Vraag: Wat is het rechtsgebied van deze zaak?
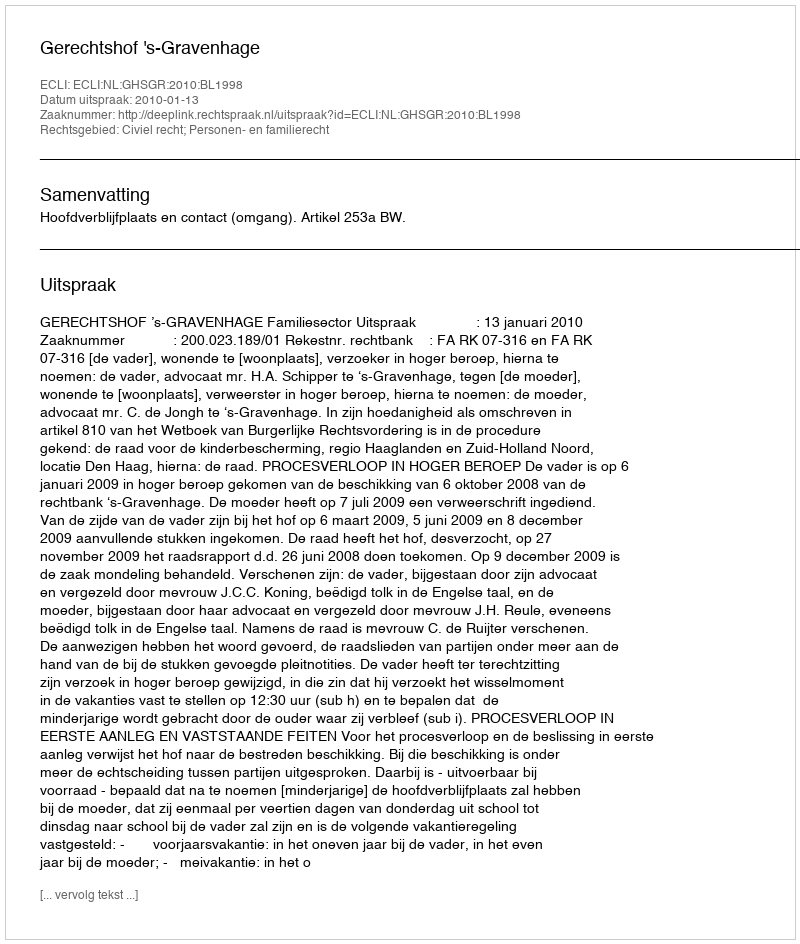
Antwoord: Civiel recht; Personen- en familierecht